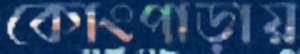
কোংপাড়ায়